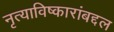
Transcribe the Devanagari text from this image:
नृत्याविष्कारांबद्दल